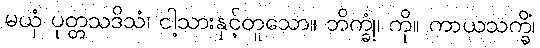
မယှံ ပုတ္တသဒိသံ၊ ငါ့သားနှင့်တူသော။ ဘိက္ခုံ၊ ကို။ ကာယသက္ခိံ၊